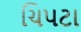
ચિપટા